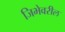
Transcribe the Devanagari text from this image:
जिभेवरील